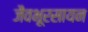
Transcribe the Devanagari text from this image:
जैवभूरसायन